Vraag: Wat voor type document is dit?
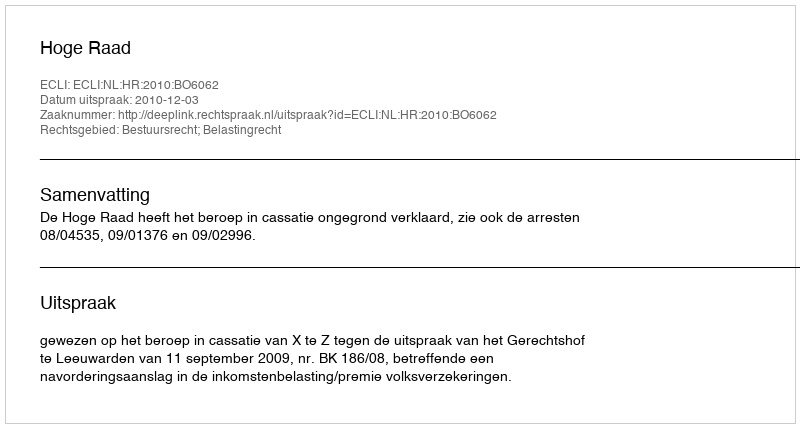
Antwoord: Uitspraak